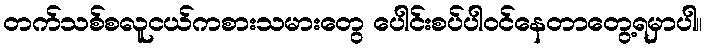
တက်သစ်စလူငယ်ကစားသမားတွေ ပေါင်းစပ်ပါဝင်နေတာတွေ့ရမှာပါ။